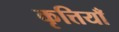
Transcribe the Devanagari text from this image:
कृत्तियाँ